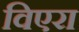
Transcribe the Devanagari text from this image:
विएरा